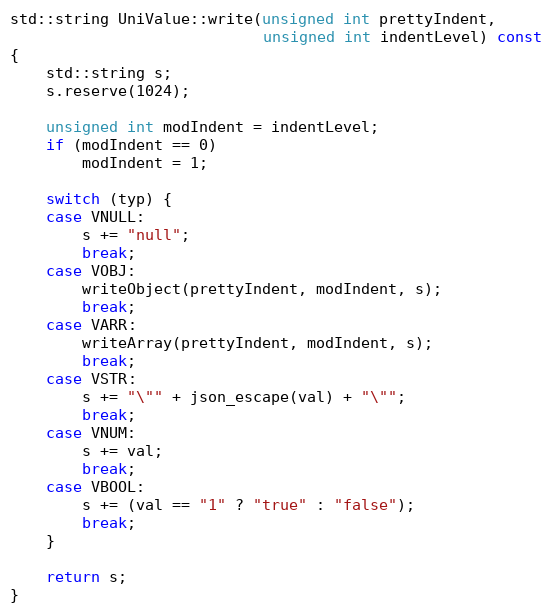
Language: C++
std::string UniValue::write(unsigned int prettyIndent,
                            unsigned int indentLevel) const
{
    std::string s;
    s.reserve(1024);

    unsigned int modIndent = indentLevel;
    if (modIndent == 0)
        modIndent = 1;

    switch (typ) {
    case VNULL:
        s += "null";
        break;
    case VOBJ:
        writeObject(prettyIndent, modIndent, s);
        break;
    case VARR:
        writeArray(prettyIndent, modIndent, s);
        break;
    case VSTR:
        s += "\"" + json_escape(val) + "\"";
        break;
    case VNUM:
        s += val;
        break;
    case VBOOL:
        s += (val == "1" ? "true" : "false");
        break;
    }

    return s;
}